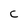
Character: C